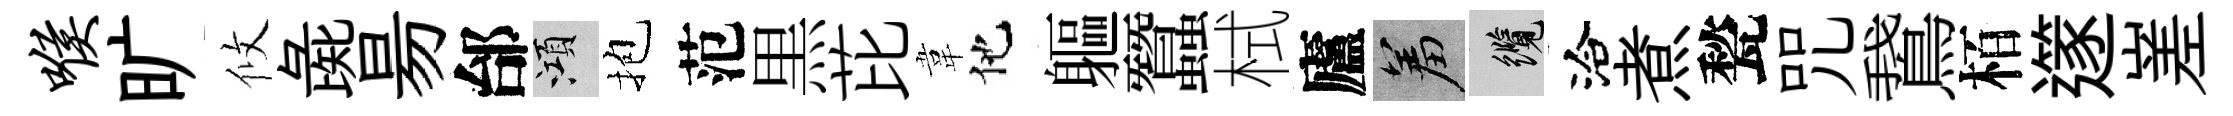
喉旷攸彘昜邰澒抱范黒芘韋他軀蠶栻廬羞纜洽煮甃咒鵞栢𨗹嵳